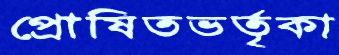
প্রোষিতভর্তৃকা